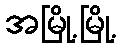
အမြို့မြို့